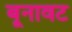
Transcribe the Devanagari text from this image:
बूनावट